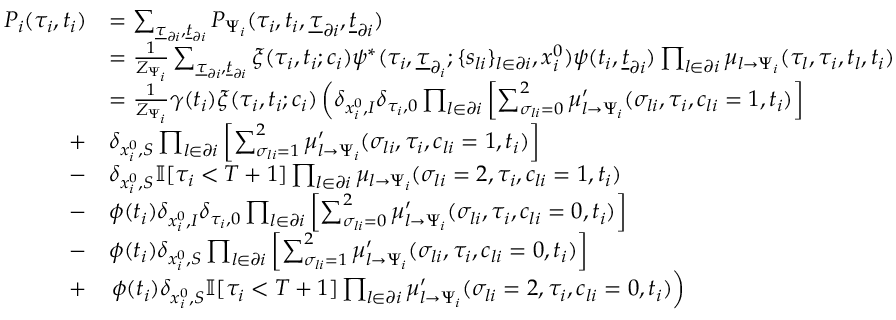
\begin{array} { r } { \begin{array} { r l } { P _ { i } ( \tau _ { i } , t _ { i } ) } & { = \sum _ { \underline { { \tau } } _ { \partial i } , \underline { { t } } _ { \partial i } } P _ { \Psi _ { i } } ( \tau _ { i } , t _ { i } , \underline { { \tau } } _ { \partial i } , \underline { { t } } _ { \partial i } ) } \\ & { = \frac { 1 } { Z _ { \Psi _ { i } } } \sum _ { \underline { { \tau } } _ { \partial i } , \underline { { t } } _ { \partial i } } \xi ( \tau _ { i } , t _ { i } ; c _ { i } ) \psi ^ { * } ( \tau _ { i } , \underline { { \tau } } _ { \partial _ { i } } ; \{ s _ { l i } \} _ { l \in \partial i } , x _ { i } ^ { 0 } ) \psi ( t _ { i } , \underline { { t } } _ { \partial i } ) \prod _ { l \in \partial i } \mu _ { l \to \Psi _ { i } } ( \tau _ { l } , \tau _ { i } , t _ { l } , t _ { i } ) } \\ & { = \frac { 1 } { Z _ { \Psi _ { i } } } \gamma ( t _ { i } ) \xi ( \tau _ { i } , t _ { i } ; c _ { i } ) \left( \delta _ { x _ { i } ^ { 0 } , I } \delta _ { \tau _ { i } , 0 } \prod _ { l \in \partial i } \left[ \sum _ { \sigma _ { l i } = 0 } ^ { 2 } \mu _ { l \to \Psi _ { i } } ^ { \prime } ( \sigma _ { l i } , \tau _ { i } , c _ { l i } = 1 , t _ { i } ) \right] \right. } \\ { + } & { \delta _ { x _ { i } ^ { 0 } , S } \prod _ { l \in \partial i } \left[ \sum _ { \sigma _ { l i } = 1 } ^ { 2 } \mu _ { l \to \Psi _ { i } } ^ { \prime } ( \sigma _ { l i } , \tau _ { i } , c _ { l i } = 1 , t _ { i } ) \right] } \\ { - } & { \delta _ { x _ { i } ^ { 0 } , S } \mathbb { I } [ \tau _ { i } < { T + 1 } ] \prod _ { l \in \partial i } \mu _ { l \to \Psi _ { i } } ( \sigma _ { l i } = 2 , \tau _ { i } , c _ { l i } = 1 , t _ { i } ) } \\ { - } & { \phi ( t _ { i } ) \delta _ { x _ { i } ^ { 0 } , I } \delta _ { \tau _ { i } , 0 } \prod _ { l \in \partial i } \left[ \sum _ { \sigma _ { l i } = 0 } ^ { 2 } \mu _ { l \to \Psi _ { i } } ^ { \prime } ( \sigma _ { l i } , \tau _ { i } , c _ { l i } = 0 , t _ { i } ) \right] } \\ { - } & { \phi ( t _ { i } ) \delta _ { x _ { i } ^ { 0 } , S } \prod _ { l \in \partial i } \left[ \sum _ { \sigma _ { l i } = 1 } ^ { 2 } \mu _ { l \to \Psi _ { i } } ^ { \prime } ( \sigma _ { l i } , \tau _ { i } , c _ { l i } = 0 , t _ { i } ) \right] } \\ { + } & { \left. \phi ( t _ { i } ) \delta _ { x _ { i } ^ { 0 } , S } \mathbb { I } [ \tau _ { i } < { T + 1 } ] \prod _ { l \in \partial i } \mu _ { l \to \Psi _ { i } } ^ { \prime } ( \sigma _ { l i } = 2 , \tau _ { i } , c _ { l i } = 0 , t _ { i } ) \right) } \end{array} } \end{array}